Report of the King Institute of Preventive Medicine, Guindy
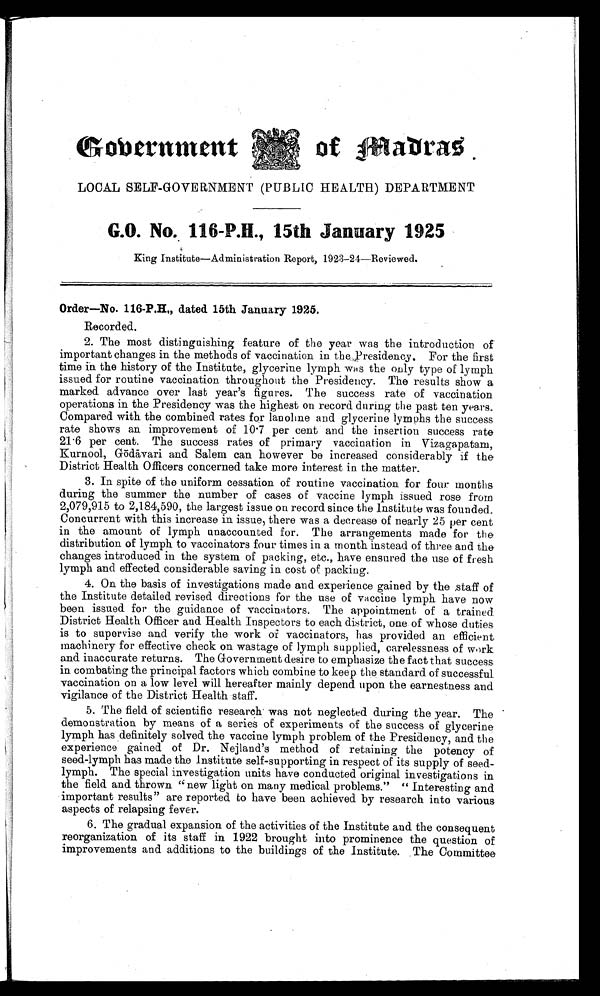
Government
of Madras
LOCAL SELF-GOVERNMENT (PUBLIC HEALTH) DEPARTMENT
G.O. No. 116-P.H., 15th January 1925
King Institute—Administration Report, 1923-24—Reviewed.
Order—No. 116-P.H., dated 15th January 1925.
Recorded.
2. The most distinguishing feature of the year was the introduction of
important changes in the methods of vaccination in the Presidency. For the first
time in the history of the Institute, glycerine lymph was the only type of lymph
issued for routine vaccination throughout the Presidency. The results show a
marked advance over last year's figures. The success rate of vaccination
operations in the Presidency was the highest on record during the past ten years.
Compared with the combined rates for lanoline and glycerine lymphs the success
rate shows an improvement of 10.7 per cent and the insertion success rate
21.6 per cent. The success rates of primary vaccination in Vizagapatam,
Kurnool, Gōdā vari and Salem can however be increased considerably if the
District Health Officers concerned take more interest in the matter.
3. In spite of the uniform cessation of routine vaccination for four months
during the summer the number of cases of vaccine lymph issued rose from
2,079,915 to 2,184,590, the largest issue on record since the Institute was founded.
Concurrent with this increase in issue, there was a decrease of nearly 25 per cent
in the amount of lymph unaccounted for. The arrangements made for the
distribution of lymph to vaccinators four times in a month instead of three and the
changes introduced in the system of packing, etc., have ensured the use of fresh
lymph and effected considerable saving in cost of packing.
4. On the basis of investigations made and experience gained by the staff of
the Institute detailed revised directions for the use of vaccine lymph have now
been issued for the guidance of vaccinators. The appointment of a trained
District Health Officer and Health Inspectors to each district, one of whose duties
is to supervise and verify the work of vaccinators, has provided an efficient
machinery for effective check on wastage of lymph supplied, carelessness of work
and inaccurate returns. The Government desire to emphasize the fact that success
in combating the principal factors which combine to keep the standard of successful
vaccination on a low level will hereafter mainly depend upon the earnestness and
vigilance of the District Health staff.
5. The field of scientific research was not neglected during the year. The
demonstration by means of a series of experiments of the success of glycerine
lymph has definitely solved the vaccine lymph problem of the Presidency, and the
experience gained of Dr. Nejland's method of retaining the potency of
seed-lymph has made the Institute self-supporting in respect of its supply of seed
- l y m p h . T h e s p e c i a l i n v e s t i g a t i o n u n i t s h a v e c o n d u c t e d o r i g i n a l i n v e s t i g a t i o n s i n
the field and thrown "new light on many medical problems." " Interesting and
important results" are reported to have been achieved by research into various
aspects of relapsing fever.
6. The gradual expansion of the activities of the Institute and the consequent
reorganization of its staff in 1922 brought into prominence the question of
improvements and additions to the buildings of the Institute. The Committee